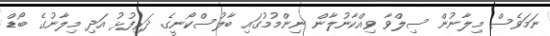
ނަމަވެސް މިލާނުން ސިލްވާ ވިއްކާނުލާން ނިންމުމުގައި ބާލުސްކޯނީގެ ދަރިފުޅު އަދި މިލާނުގެ ބޯޑް